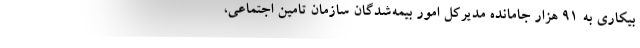
بیکاری به ۹۱ هزار جامانده مدیرکل امور بیمه‌شدگان سازمان تامین اجتماعی،